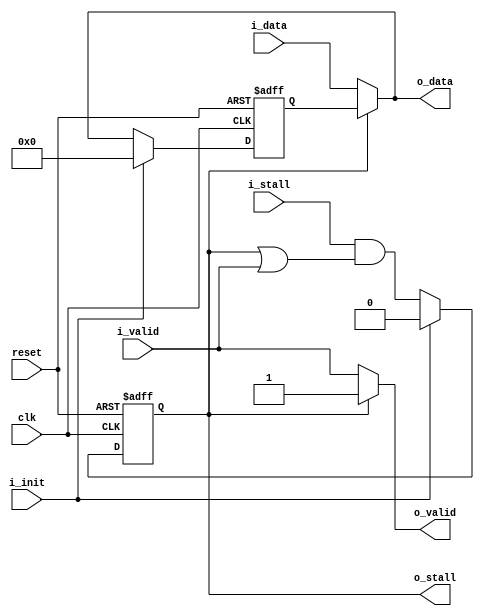
module init_reg
(
    clk, reset, i_init, i_data, i_valid, o_stall, o_data, o_valid, i_stall
);
parameter WIDTH    = 32;
parameter INIT     = 0;
parameter INIT_VAL = 32'h0000000000000000;
input clk;
input reset;
input i_init;
input [WIDTH-1:0] i_data;
input i_valid;
output o_stall;
output [WIDTH-1:0] o_data;
output o_valid;
input i_stall;
reg [WIDTH-1:0] r_data;
reg r_valid;
assign o_stall = r_valid;
assign o_data = (r_valid) ? r_data : i_data;
assign o_valid = (r_valid) ? r_valid : i_valid;
always@(posedge clk or posedge reset)
begin
    if(reset == 1'b1)
    begin
        r_valid <= INIT;
        r_data  <= INIT_VAL;
    end
    else if (i_init) 
    begin
        r_valid <= INIT;
        r_data  <= INIT_VAL;
    end
    else
    begin
        if (~r_valid) r_data <= i_data;
        r_valid <= i_stall && (r_valid || i_valid);
    end
end
endmodule